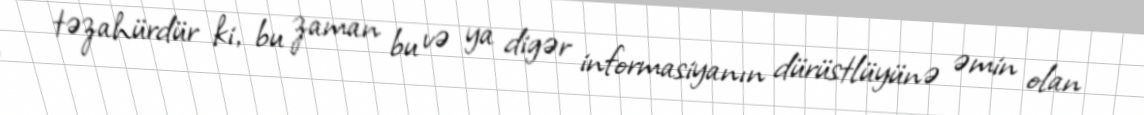
təzahürdür ki, bu zaman bu və ya digər informasiyanın dürüstlüyünə əmin olan